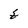
Character: E